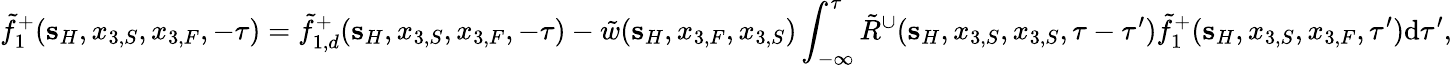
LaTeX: \tilde{f}_{1}^{+}({\mathbf s}_{H},x_{3,S},x_{3,F},-\tau)=\tilde{f}_{1,d}^{+}({\mathbf s}_{H},x_{3,S},x_{3,F},-\tau)-\tilde{w}({\mathbf s}_{H},x_{3,F},x_{3,S})\int_{-\infty}^{\tau}\tilde{R}^{\cup}({\mathbf s}_{H},x_{3,S},x_{3,S},\tau-\tau^{\prime})\tilde{f}_{1}^{+}({\mathbf s}_{H},x_{3,S},x_{3,F},\tau^{\prime})\mathrm{d}\tau^{\prime},